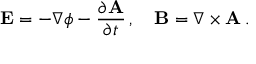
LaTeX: \mathbf { E } = - \nabla \phi - { \frac { \partial \mathbf { A } } { \partial t } } \, , \quad \mathbf { B } = \nabla \times \mathbf { A } \, .